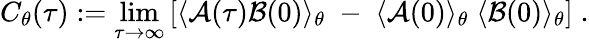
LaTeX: C_{\theta}(\tau):=\operatorname*{lim}_{\tau\rightarrow\infty}\left[\langle{\cal A}(\tau){\cal B}(0)\rangle_{\theta}\; -\; \langle{\cal A}(0)\rangle_{\theta}\; \langle{\cal B}(0)\rangle_{\theta}\right]\; .